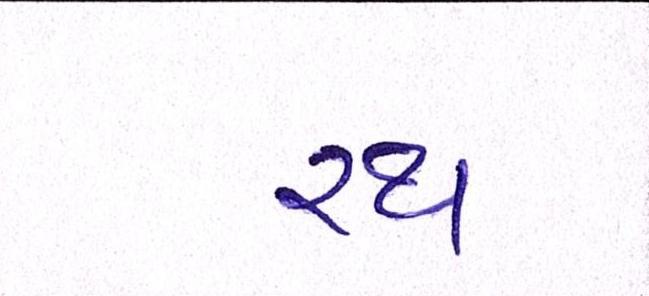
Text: રથ